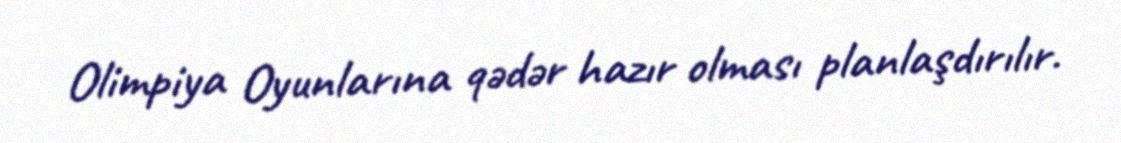
Olimpiya Oyunlarına qədər hazır olması planlaşdırılır.